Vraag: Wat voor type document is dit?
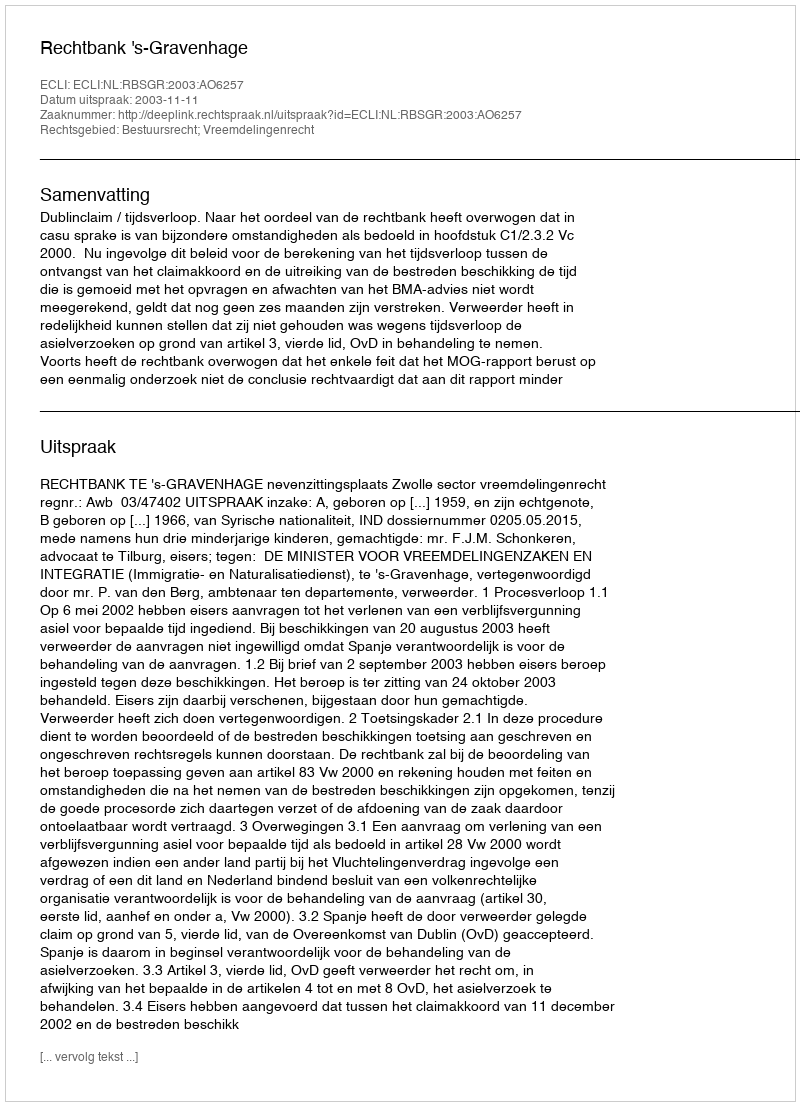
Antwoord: Uitspraak